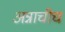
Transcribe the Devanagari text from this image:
अन्नाचीच